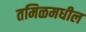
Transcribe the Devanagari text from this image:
तमिळमधील